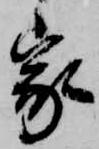
家